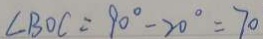
\angle B O C = 9 0 ^ { \circ } - 2 0 ^ { \circ } = 7 0